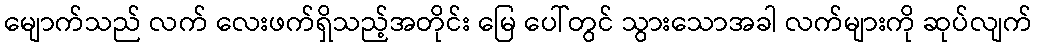
မျောက်သည် လက် လေးဖက်ရှိသည့်အတိုင်း မြေ ပေါ်တွင် သွားသောအခါ လက်များကို ဆုပ်လျက်